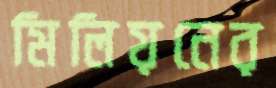
মিলিয়নের